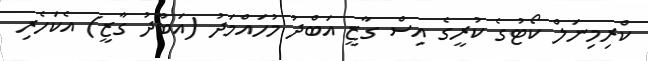
ކްރިމިނަލް ކޯޓުގެ ކުރީގެ އިސް ގާޒީ އަބްދު މުހައްމަދު (އަބްދު ގާޒީ) އެކަހެރި